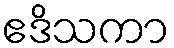
ဧဒိသကာ